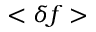
< \delta f >